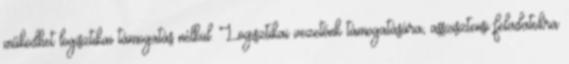
működhet logisztikai támogatás nélkül. Logisztikai vezetőnk támogatására, asszisztensi feladatokra